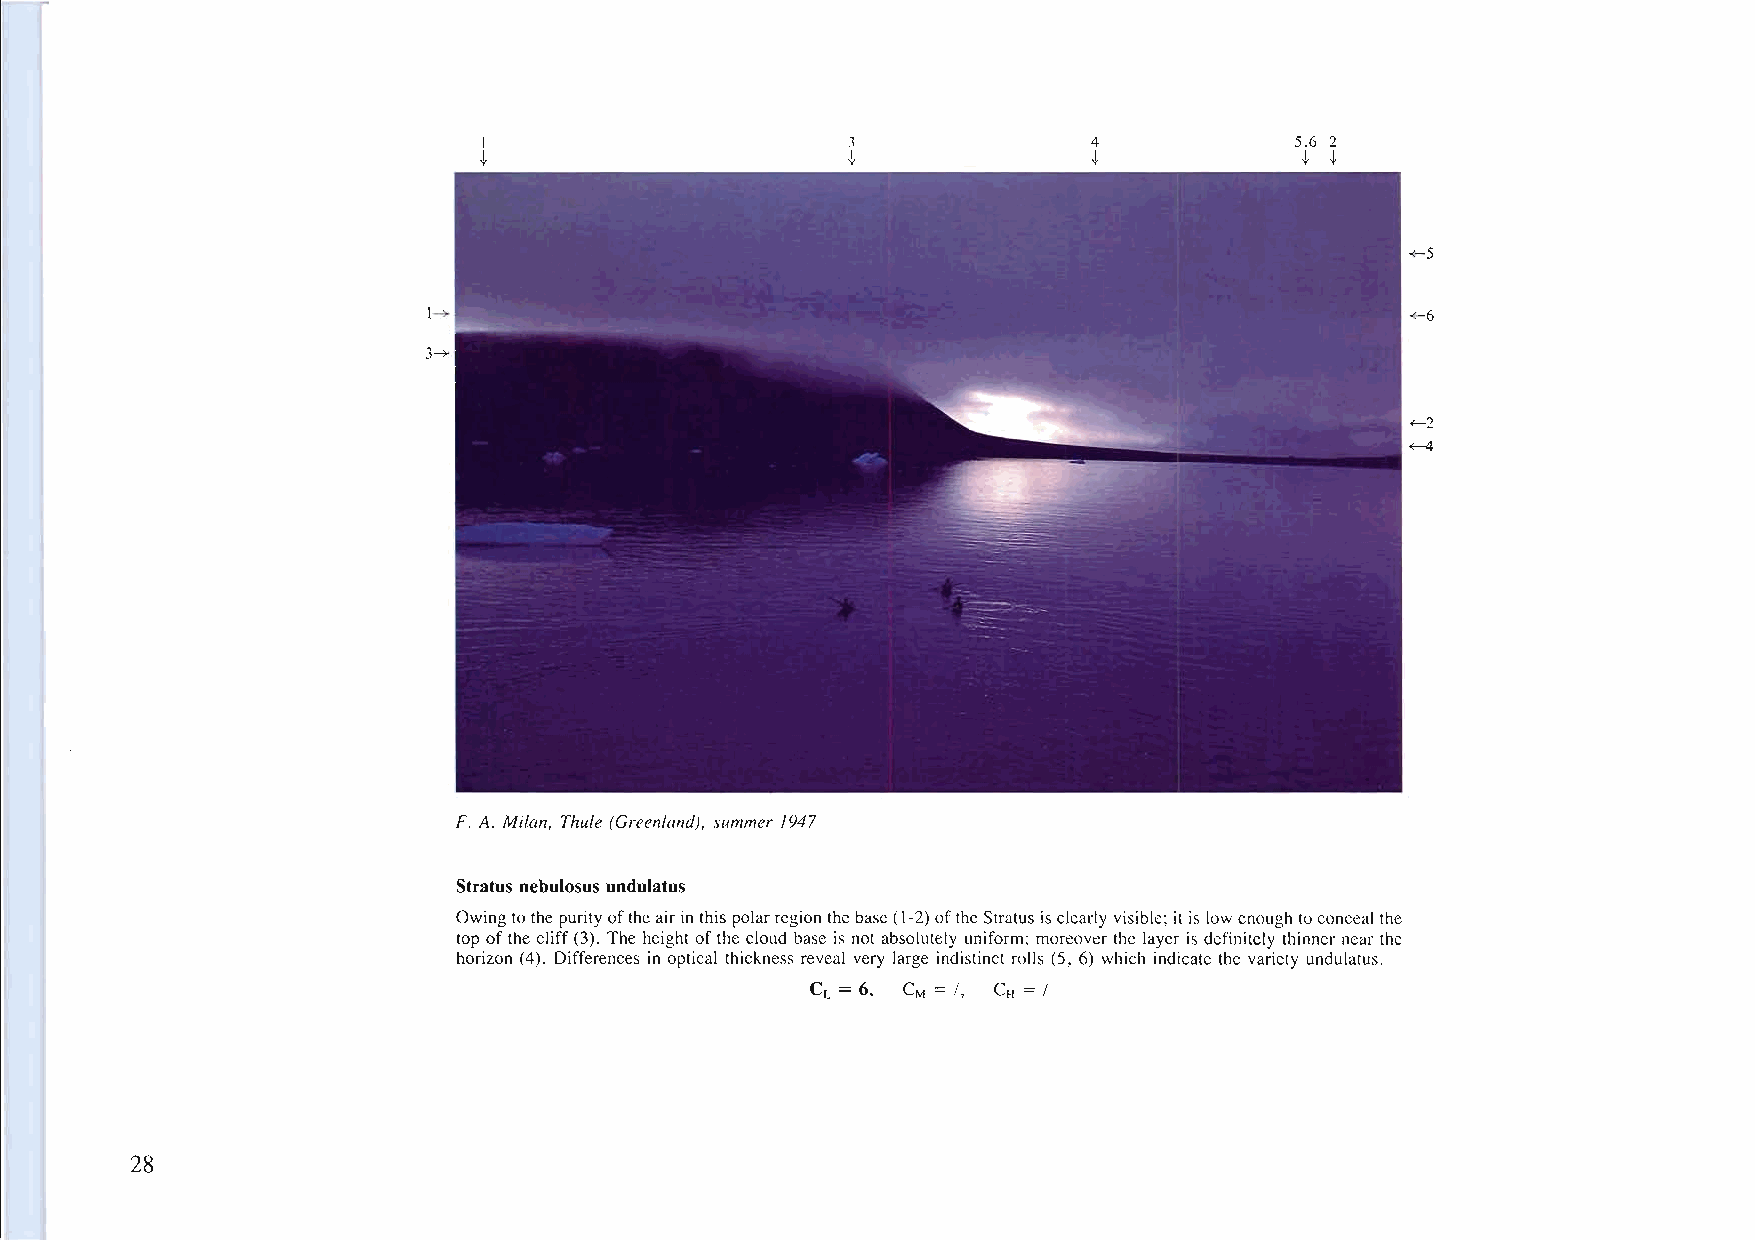
I                       3               4             5.6 2
 t                       t               t             .} t
 -<-5
 1~                                                               -<-6
 3~
 ~2
 ~
 F. A. Milan, Thule (Greenland), summer /947
 Stratus nebulosus undulatus
 Owingtothepurityoftheair in this polarregion thebase(1-2)oftheStratus isclearly visible; it is lowenough toconceal the
 top ofthe cliff(3). The height ofthe cloud base is not absolutely uniform; moreover the layer is definitely thinner near the
 horizon (4). Differences in optical thickness reveal very large indistinct rolls (5, 6) which indicate the variety undulatus.
 CL = 6, CM = /, CH = /
 28